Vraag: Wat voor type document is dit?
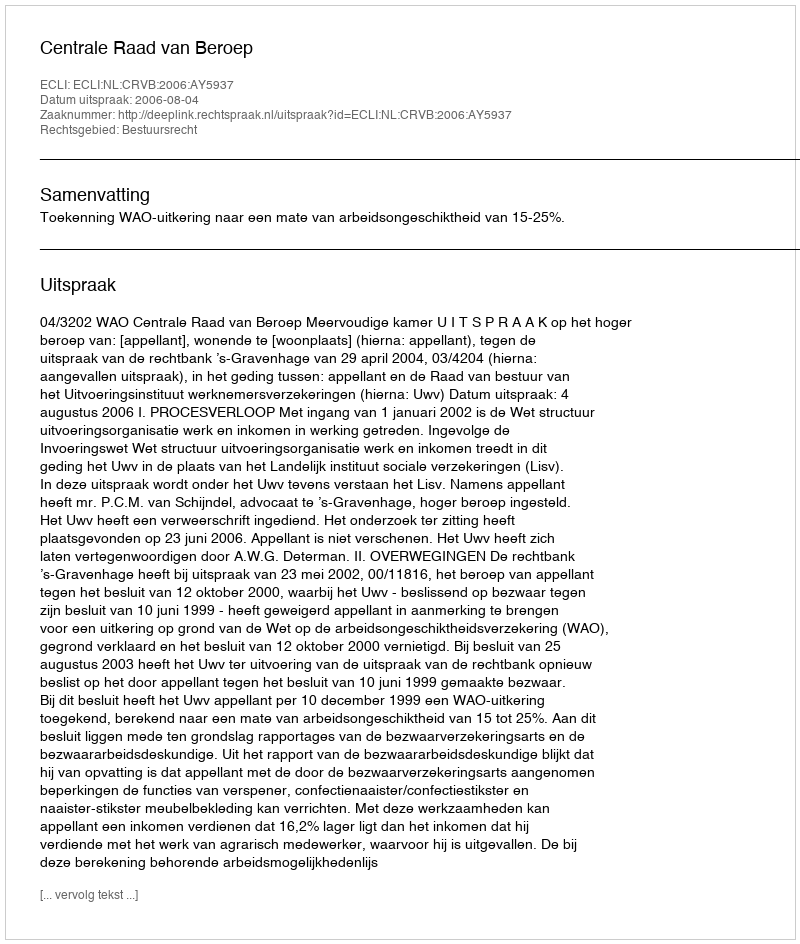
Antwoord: Uitspraak